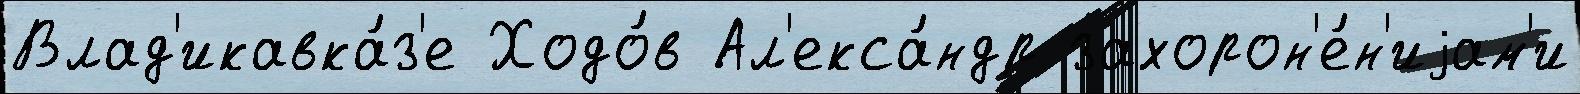
Влад'икавка́з'е Ходо́в Ал'екса́ндр захорон'е́н'иjам'и